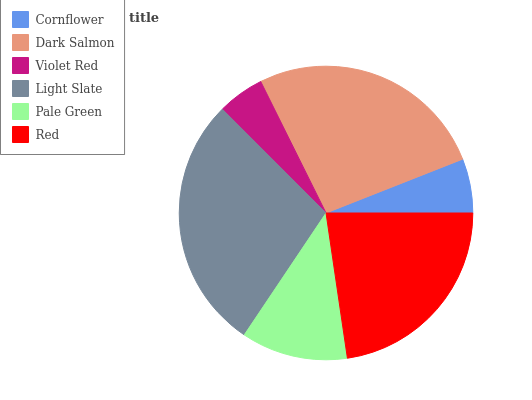
| Cornflower | Dark Salmon | Violet Red | Light Slate | Pale Green | Red |
 | --- | --- | --- | --- | --- | --- |
 | 5.97% | 26.4% | 5.15% | 28.2% | 11.7% | 22.6% |